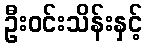
ဦးဝင်းသိန်းနှင့်